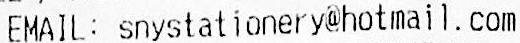
EMAIL: SNYSTATIONERY@HOTMAIL.COM